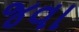
જવા